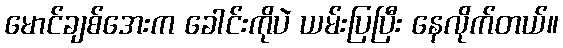
မောင်ချစ်အေးက ခေါင်းကိုပဲ ယမ်းပြပြီး နေလိုက်တယ်။